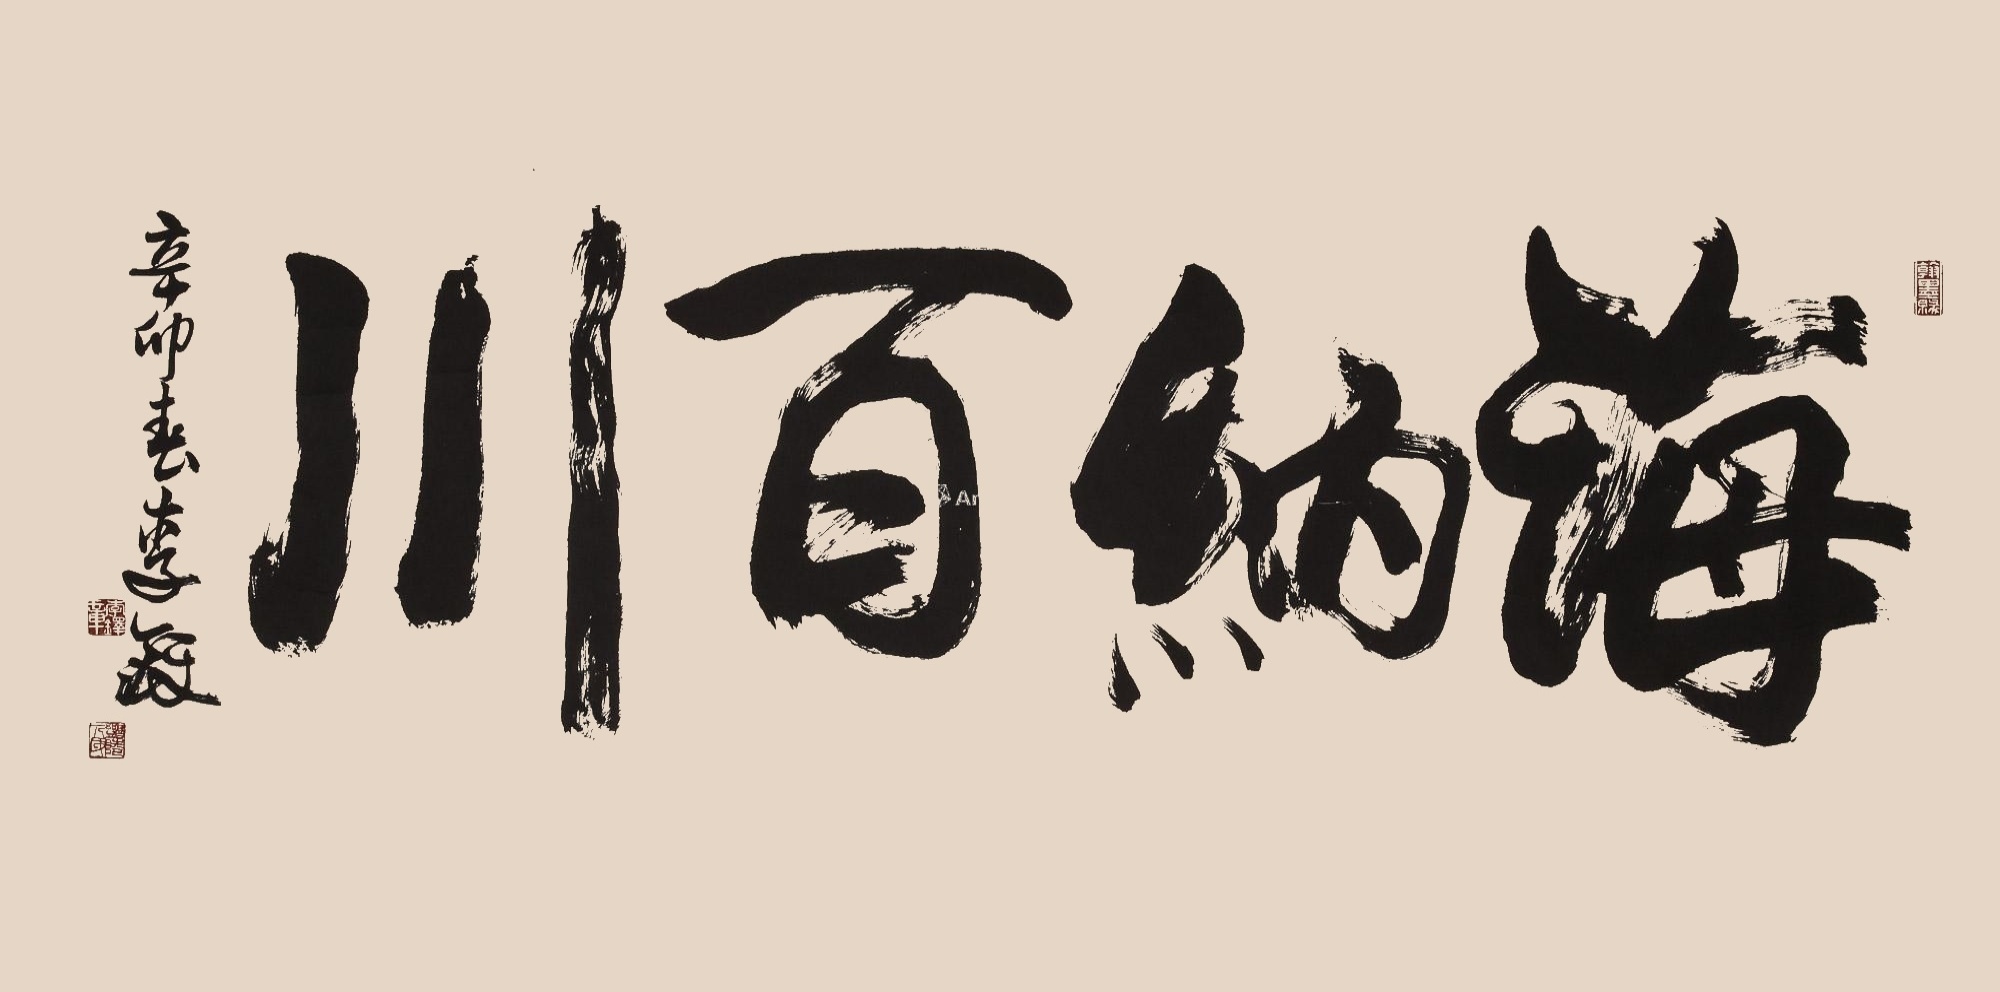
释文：海纳百川辛卯春李铎。